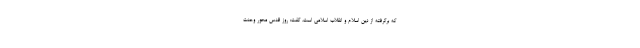
که برگرفته از دین اسلام و انقلاب اسلامی است، گفت: روز قدس محور وحدت